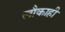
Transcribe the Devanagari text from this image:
लौकाही